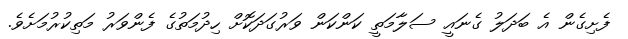
ފެށިގެން އެ ބަދަލު ގެނައީ ސަލާމަތީ ކަންކަން ވަރުގަދަކޮށް ހިދުމަތުގެ ފެންވަރު މަތިކުރުމަށެވެ.